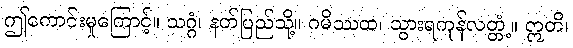
ဤကောင်းမှုကြောင့်။ သဂ္ဂံ၊ နတ်ပြည်သို့။ ဂမိဿထ၊ သွားရကုန်လတ္တံ့။ ဣတိ၊